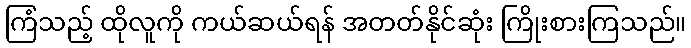
ကြံသည့် ထိုလူကို ကယ်ဆယ်ရန် အတတ်နိုင်ဆုံး ကြိုးစားကြသည်။